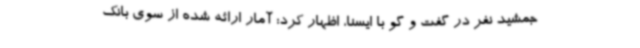
جمشید نفر در گفت و گو با ایسنا، اظهار کرد: آمار ارائه شده از سوی بانک